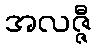
အလဇ္ဇီ